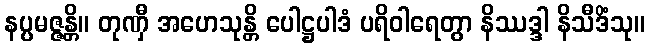
နပ္ပမဇ္ဇန္တိ။ တုဏှီ အဟေသုန္တိ ပေါဋ္ဌပါဒံ ပရိဝါရေတွာ နိဿဒ္ဒါ နိသီဒိံသု။